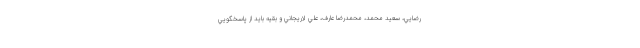
رضايي، سعيد محمد، محمدرضا عارف، علي لاريجاني و بقيه بايد از پاسخگويي